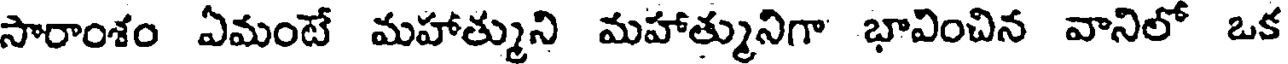
సారాంశం ఏమంటే మహాత్ముని మహాత్మునిగా భావించిన వానిలో ఒక